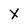
Character: X